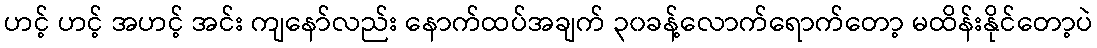
ဟင့် ဟင့် အဟင့် အင်း ကျနော်လည်း နောက်ထပ်အချက် ၃၀ခန့်လောက်ရောက်တော့ မထိန်းနိုင်တော့ပဲ